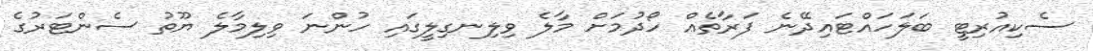
ސެކިއުރިޓީ ބަލަހައްޓައިދޭނެ ފަރާތެއް ހޯދުމަށް މާލެ ވިލިނގިލީގައި ހުންނަ ވިލިމާލެ ޔޫތު ސެންޓަރުގެ